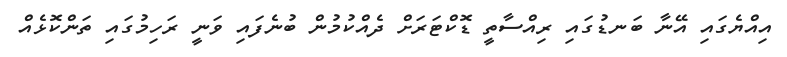
އިއްޔެގައި އޭނާ ބަނޑުގައި ރިއްސާތީ ޑޮކްޓަރަށް ދެއްކުމުން ބުނެފައި ވަނީ ރަހިމުގައި ތަންކޮޅެއް